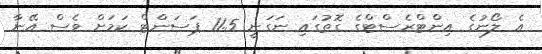
އެ ލޯނުގެ އިންޓްރެސްޓްގެ ގޮތުގައި ނަގަނީ 11.5 ޕަސަންޓް ކަމަށް ވެސް އޭނާ